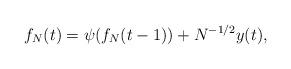
LaTeX: \begin{align*}f_N(t) = \psi(f_N(t-1)) + N^{-1/2} y(t),\end{align*}